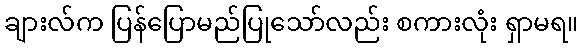
ချားလ်က ပြန်ပြောမည်ပြုသော်လည်း စကားလုံး ရှာမရ။